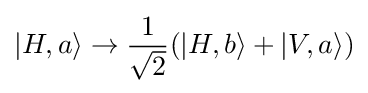
|H,a\rangle \rightarrow {\frac {1}{\sqrt {2}}}(|H,b\rangle +|V,a\rangle )